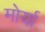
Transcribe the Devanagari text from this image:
मोर्या